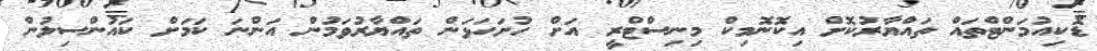
ޑޮކިއުމަންޓްތައް ތައްޔާރުކޮށް އިކޮނޮމިކް މިނިސްޓްރީ އަށް ހުށަހަޅަން ތައްޔާރުވަމުން އަންނަ ކަަމަށް ކައުންސިލުން